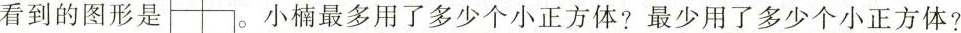
看到的图形是 。小楠最多用了多少个小正方体？最少用了多少个小正方体？